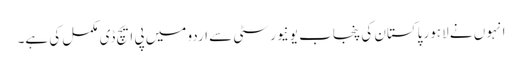
انہو ں نے لاہور پاکستان کی پنجاب یونیورسٹی سے اردو میں پی ایچ ڈی مکمل کی ہے۔